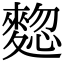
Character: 𪍃